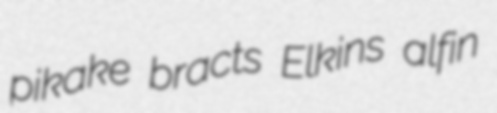
pikake bracts Elkins alfin